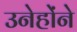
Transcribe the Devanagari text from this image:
उनेहोंने